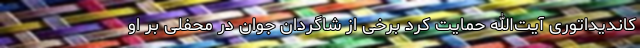
کاندیداتوری آیت‌الله حمایت کرد برخی از شاگردان جوان در محفلی بر او